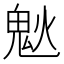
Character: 𩲕